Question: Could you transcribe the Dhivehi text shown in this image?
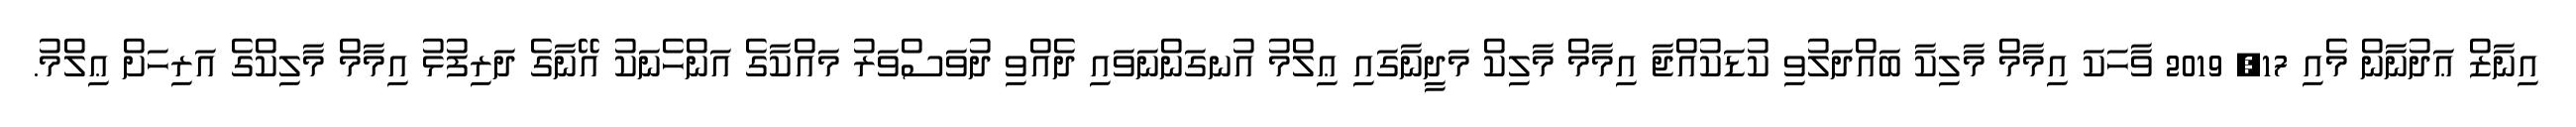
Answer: އިނާޒް ޢަދުނާން މެއި 17, 2019 ވާހަކަ އިމާމް މާލިކާ ބައްދަލުވި ކުޑަކުއްޖާ އިމާމް މާލިކް މަދީނާގައި ޢިލްމު އުނގަންނަވައި ދެއްވި ދުވަސްވަރު މައްކާގެ އަންހެނަކު އޭނާގެ ދަރިފުޅު އިމާމް މާލިކްގެ އަރިހަށް ޢިލްމު.